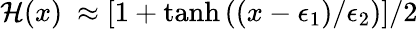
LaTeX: \mathcal{H}(x)\ \approx\left[1+\operatorname{tanh}\left((x-\epsilon_{1})/\epsilon_{2}\right)\right]/2